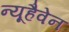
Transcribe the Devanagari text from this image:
न्यूहैवेन